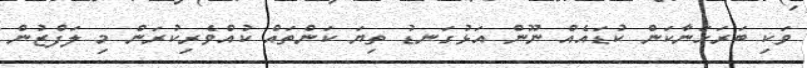
ވަކި ބަރަހަނާކަން ކުޑައެއް ނޫން އަޅުގަނޑު ތިޔަ ކަންތައް ކުއްވެރިކުރަން މި ލަފްޒުން